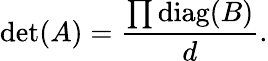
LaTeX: \operatorname*{det}(A)={\frac{\prod\operatorname{diag}(B)}{d}}.